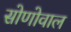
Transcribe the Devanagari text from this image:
सोणोवाल